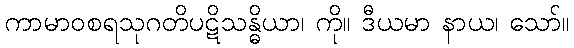
ကာမာဝစရသုဂတိပဋိသန္ဓိယာ၊ ကို။ ဒီယမာ နာယ၊ သော်။